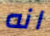
انه